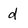
Character: d